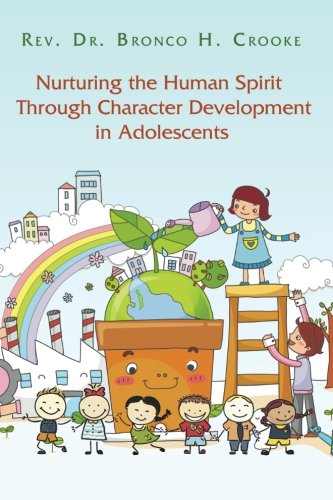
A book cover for Nurturing the Human Spirit Through Character Development in Adolescents; Rev Bronco H. Crooke; Reference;